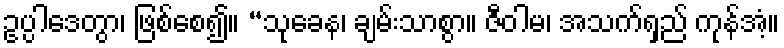
ဥပ္ပါဒေတွာ၊ ဖြစ်စေ၍။ “သုခေန၊ ချမ်းသာစွာ။ ဇီဝါမ၊ အသက်ရှည် ကုန်အံ့။